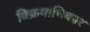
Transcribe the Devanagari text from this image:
विक्रयाधिकार